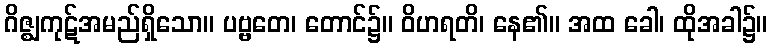
ဂိဇ္ဈကုဋ်အမည်ရှိသော။ ပဗ္ဗတေ၊ တောင်၌။ ဝိဟရတိ၊ နေ၏။ အထ ခေါ၊ ထိုအခါ၌။